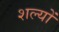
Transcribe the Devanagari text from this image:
शल्यों